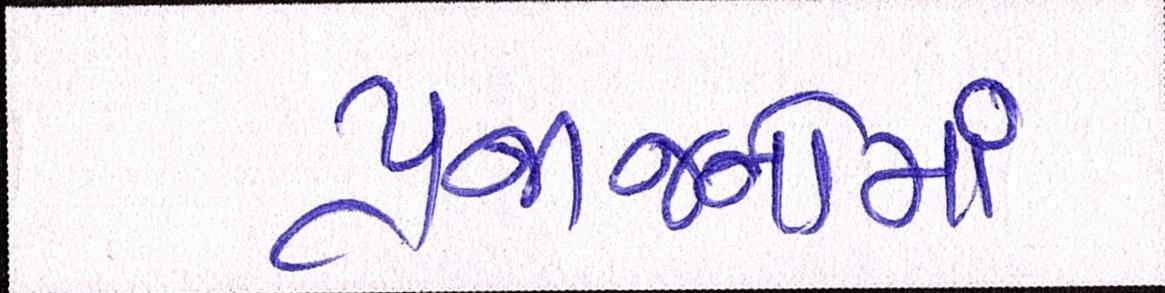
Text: પ્રજાજનોમાં